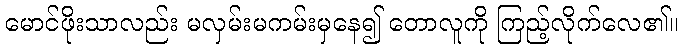
မောင်ဖိုးသာလည်း မလှမ်းမကမ်းမှနေ၍ တောလူကို ကြည့်လိုက်လေ၏။